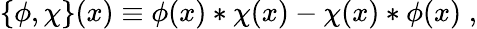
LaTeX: \{ \phi,\chi\} (x)\equiv\phi(x)*\chi(x)-\chi(x)*\phi(x)\; ,